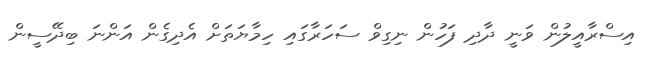
އިސްރާއީލުން ވަނީ ދާދި ފަހުން ނިގިވް ސަހަރާގައި ހިމާޔަތަށް އެދިގެން އަންނަ ބިދޭސީން